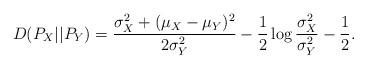
LaTeX: \begin{align*}D(P_X||P_Y) =\frac{\sigma_X^2 + (\mu_X - \mu_Y)^2}{2\sigma_Y^2} - \frac{1}{2}\log\frac{\sigma_X^2}{\sigma_Y^2} - \frac{1}{2}. \end{align*}